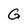
Character: G